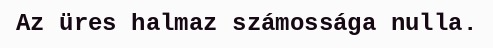
Az üres halmaz számossága nulla.